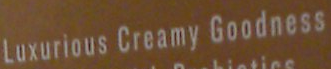
Luxurious Creamy Goodness